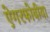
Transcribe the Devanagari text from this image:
ऐगरफोबीया